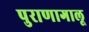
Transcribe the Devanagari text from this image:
पुराणागालू